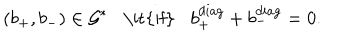
( b _ { + } , b _ { - } ) \in { \cal G ^ { * } } \mathrm { \it { i f } } b _ { + } ^ { d i a g } + b _ { - } ^ { d i a g } = 0 .